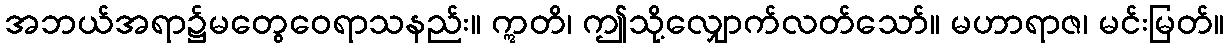
အဘယ်အရာ၌မတွေဝေရာသနည်း။ ဣတိ၊ ဤသို့လျှောက်လတ်သော်။ မဟာရာဇ၊ မင်းမြတ်။